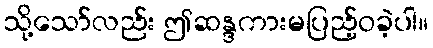
သို့သော်လည်း ဤဆန္ဒကားမပြည့်ဝခဲ့ပါ။